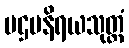
ပဌမနိရယသုတ္တံ